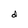
Character: d